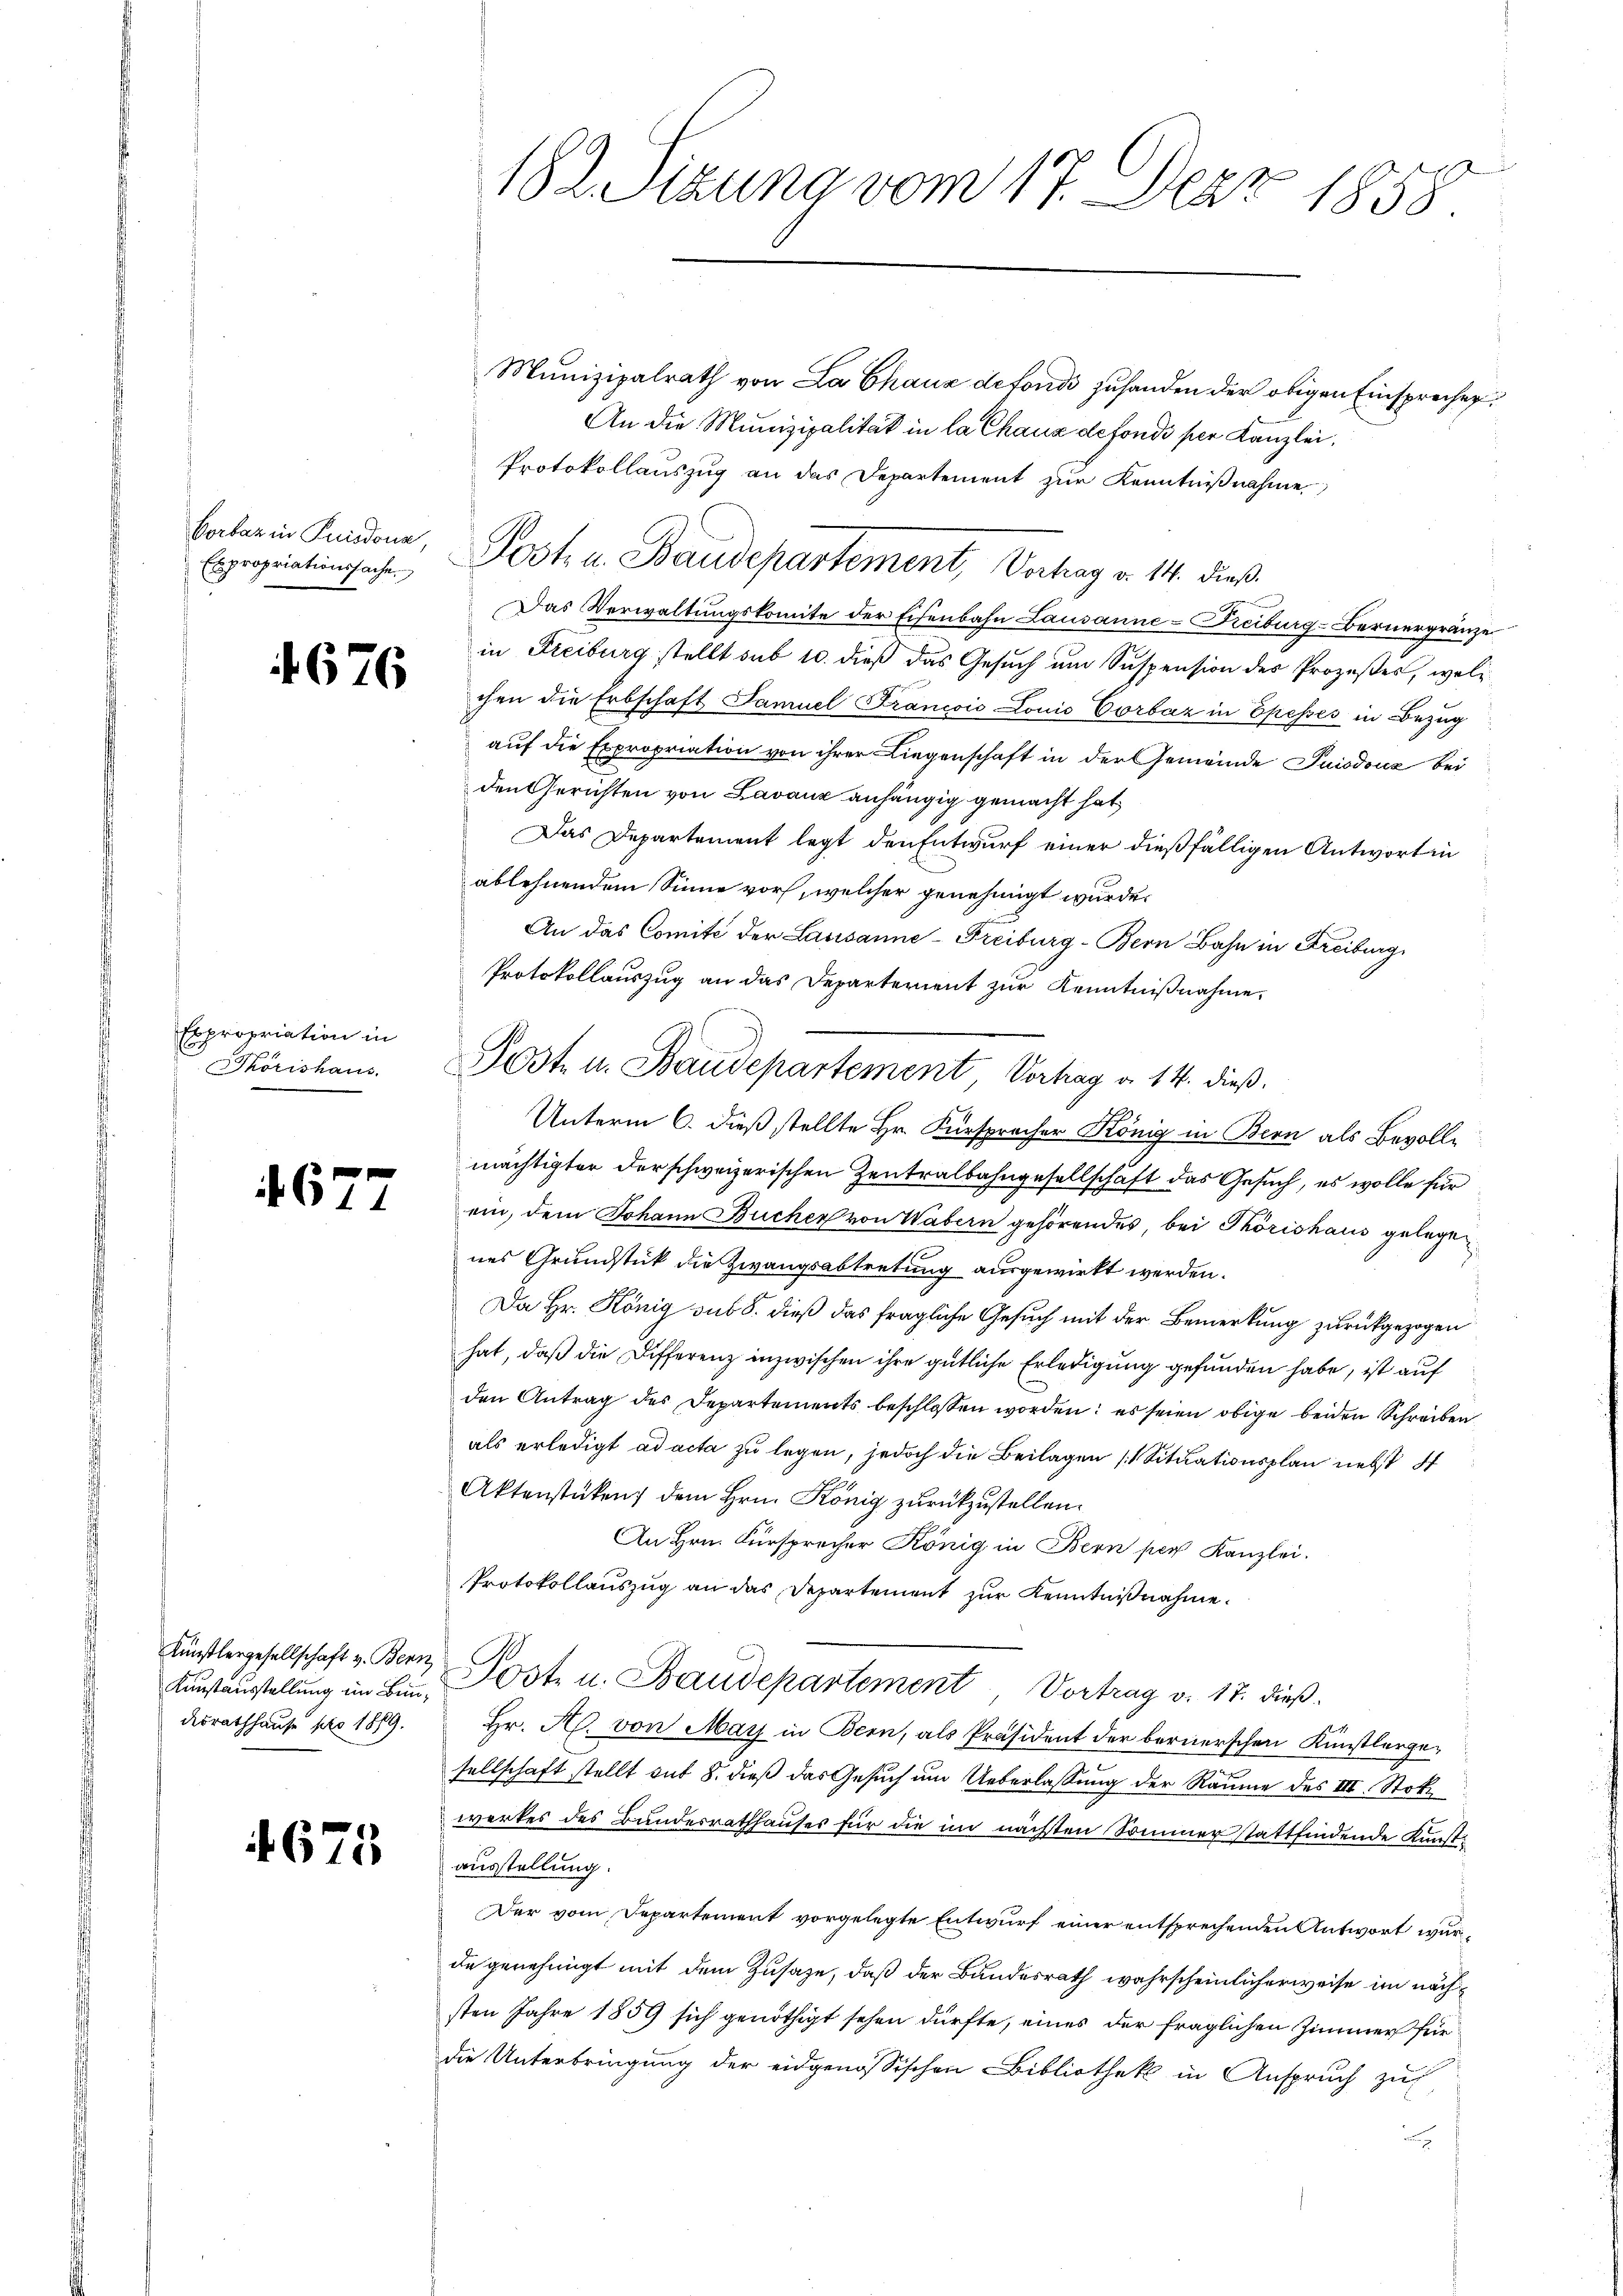
Borbar in Friedonn
Expropriationssache.

f 676

Expropriation in
Törishaus.

4677

Künstlergesellschaft v. Bern
Kunstausstellung im Bundesrathhause pro 1879.

1675

182. Sizung vom 17. Der 1858.

Munizipalrath von La Chaux defondi zuhanden der obigen Einsprechen.
An die Munizipalität in la Chaux de fondi per Kanzlei,
Protokollauszug an das Departement zur Kenntnißnahme
Das Verwaltungskomite der Eisenbahn Lausanne-Freiburg-Bernergränze
in Freiburg stellt sub 10. dieß das Gesuch um Suspension des Prozeßes, welc
chen die Erbschaft Samuel Francois Louis Corbar in Episses in Bezug
auf die Expropriation von ihrer Liegenschaft in der Gemeinde Puiodouz bei
den Gerichten von Lavanz anhängig gemacht hat,
Das Departement legt den Entwurf einer dießfälligen Antwort in
ablehnendem Sinne vor, welcher genehmigt wurde.
An das Comité der Lausanne-Freiburg-Bern Bahn in Freiburg
Protokollauszug an das Departerient zur Kenntnißnahme,
Unterm 6. dieß stellte Hr. Fürspracher König in Bern als Bevollmächtigter der schweizerischen Zentralbahngesellschaft das Gesuch, es wolle für
ein, dem Johann Buchen von Wabern gehörendes, bei Törishaus gelegenes Grundstück die Zwangsabtretung ausgewirkt werden.
Da Hr. König sub 8. dieß das fragliche Gesuch mit der Bemerkung zurückgezogen
hat, daß die Differenz inzwischen ihre gütliche Erledigung gefunden habe, ist auf
den Antrag des Departements beschlossen worden; es seien obige beiden Schreiben
als erledigt ad acta zu legen, jedoch die Beilagen Situationsplan nebst
Aktenstüken dem Hrn. König zurückzustellen.
An Hrn. Fürsprocher König in Bern per Kanzlei.
Protokollauszug an das Departement zur Kenntnißnahme.
Post- u. Baudepartement Vortrag v. 17. dieß.
Hr. H. von May in Bern, als Präsident der bernerschen Künstlergesellschaft stellt auf 8. dieß das Gesuch um Ueberlassung der Räume des III. Stokwerkes des Bundesrathhauses für die im nächsten Sommer stattfindende Kunst
ausstellung.
Der vom Departement vorgelegte Entwurf einer entsprechenden Antwort wurde genehmigt mit dem Zusaze, daß der Bundesrath wahrscheinlicherweise im nächsten Jahre 1859 sich genöthigt sehen dürfte, eines der fraglichen Zimmer für
die Unterbringung der eidgenössischen Bibliothek in Anspruch zus
n

Posten Baudepartement, Verhag v. 14. dieß.

Post- u. Baudepartement, Vortrag a. 14. dieß.